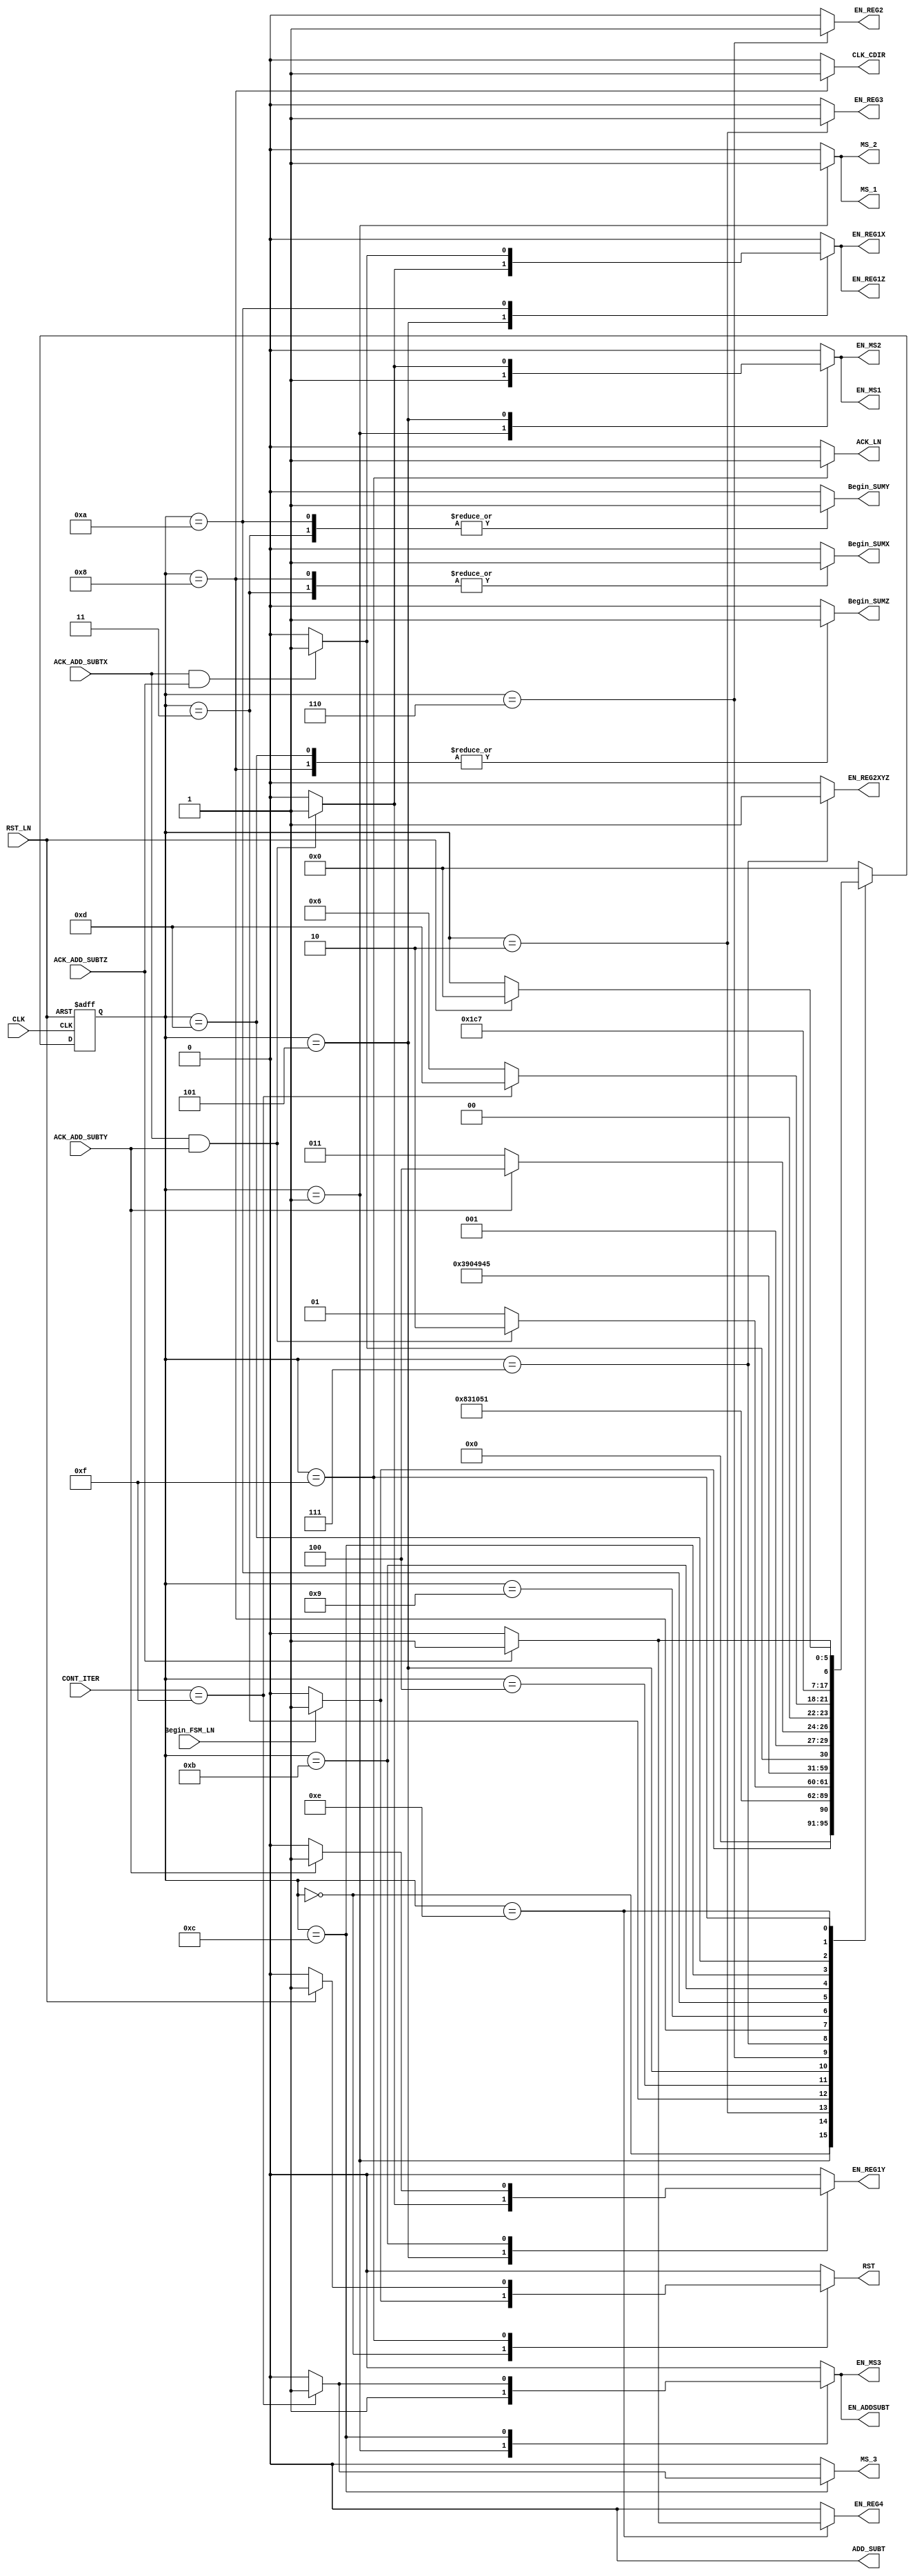
module FSM_C_CORDIC_1(
     input wire CLK,             
     input wire RST_LN,          
     input wire ACK_ADD_SUBTX,   
     input wire ACK_ADD_SUBTY,   
     input wire ACK_ADD_SUBTZ,   
     input wire Begin_FSM_LN,    
     input wire [4:0] CONT_ITER, 
     output reg RST,             
     output reg MS_1,            
     output reg EN_REG3,         
     output reg EN_REG4,         
     output reg ADD_SUBT,        
     output reg Begin_SUMX,      
     output reg Begin_SUMY,      
     output reg Begin_SUMZ,      
     output reg EN_REG1X,        
     output reg EN_REG1Y,        
     output reg EN_REG1Z,        
     output reg MS_2,            
     output reg MS_3,            
     output reg EN_REG2,         
     output reg CLK_CDIR,        
     output reg EN_REG2XYZ,      
     output reg ACK_LN,          
     output reg EN_ADDSUBT,
     output reg EN_MS1,
     output reg EN_MS2,
     output reg EN_MS3
	 );
parameter [5:0] 
     a = 6'd0,
     b = 6'd1,
     c = 6'd2,
     d = 6'd3,
     e = 6'd4,
     f = 6'd5,
     g = 6'd6, 
     h = 6'd7,   
     i = 6'd8,
     j = 6'd9, 
     k = 6'd10,                          
     l = 6'd11,  
     m = 6'd12,
     n = 6'd13,
     o = 6'd14,
     p = 6'd15,
     q = 6'd16,
     r = 6'd17,
     s = 6'd18,
     t = 6'd19;
reg [5:0] state_reg, state_next ; 
always @(posedge CLK, posedge RST_LN)
	if (RST_LN) begin
		state_reg <= a;	
	end
	else begin
		state_reg <= state_next;
	end
always @*
    begin
    state_next = state_reg;
    EN_REG2 = 0;
    EN_REG3 = 0;
    EN_REG4 = 0;
    EN_REG1X = 0;
    EN_REG1Y = 0;
    EN_REG1Z = 0;
    EN_REG2XYZ = 0;
    Begin_SUMX = 0;
    Begin_SUMY = 0;
    Begin_SUMZ = 0;
    ACK_LN = 0;
    CLK_CDIR = 0;
    RST = 0;
    MS_1 = 0;
    MS_2 = 0;
    MS_3 = 0;   
    ADD_SUBT = 0;
    EN_ADDSUBT = 0;
    EN_MS1 = 0;
    EN_MS2 = 0;
    EN_MS3 = 0;
case(state_reg)
            a: 
            begin            
                if(Begin_FSM_LN) 
                    begin
                    RST = 1; 
                    state_next = b;
                    end
                else
                    state_next = a;
            end
            b:
            begin
                MS_1 = 1;
                EN_MS1 = 1;
                MS_2 = 1;
                EN_MS2 = 1;
                MS_3 = 0;
                EN_MS3 = 1;  
                ADD_SUBT = 0;
                EN_ADDSUBT = 1;
                state_next = c;
            end
            c:
            begin
                EN_REG3 = 1;
                state_next = d;
            end
            d:
            begin
                Begin_SUMX = 1;
                Begin_SUMY = 1;      
                state_next = e;
            end
            e:
            begin
                state_next = f;
            end
            f:
            begin
                if(ACK_ADD_SUBTX && ACK_ADD_SUBTY )
                    begin 
                    EN_REG1X = 1;
                    EN_REG1Y = 1;
                    EN_REG1Z = 1;
                    MS_1 = 0;
                    EN_MS1 = 1;
                    MS_2 = 0;
                    EN_MS2 = 1;
                    state_next = g;
                    end
                else
                    state_next = f;
            end
            g:
            begin
                EN_REG2 = 1;
                state_next = h;
            end
            h:
            begin
                EN_REG2XYZ = 1;
                state_next = i;
            end
            i:
            begin           
                Begin_SUMX = 1;
                Begin_SUMZ = 1;
                CLK_CDIR = 1;
                state_next = j;
            end
            j:
            begin
                state_next = k;
            end
            k:
            begin   
                    Begin_SUMY = 1;
                if(ACK_ADD_SUBTX && ACK_ADD_SUBTZ)
                    begin
                    EN_REG1X = 1;
                    EN_REG1Z = 1;
                    state_next = l;
                    end
                else
                    state_next = k;
            end
            l:
            begin
                if(ACK_ADD_SUBTY)
                    begin
                    EN_REG1Y = 1;
                    state_next = m;
                    end
                else
                    state_next = l;
            end 
            m:
            begin                       
                if(CONT_ITER == 5'b01111) 
                    begin 
                    MS_3 = 1;
                    EN_MS3 = 1;
                    ADD_SUBT = 0;
                    EN_ADDSUBT = 1; 
                    state_next = n;
                    end
                else
                   state_next = g;
            end      
            n:
            begin
               Begin_SUMZ = 1;
               state_next = o;
            end          
            o:
            begin           
               if(ACK_ADD_SUBTZ)
                  begin 
                  EN_REG4 = 1;
                  state_next = p;
                  end
               else
                  state_next = o;
            end 
            p:
            begin
                ACK_LN = 1;
                if(RST_LN)
                    begin 
                    RST = 1; 
                    state_next = a;
                    end
            end
       default:
       state_next=a;
       endcase
    end
endmodule